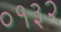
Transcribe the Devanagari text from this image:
०१३२